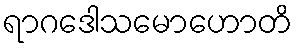
ရာဂဒေါသမောဟောတိ